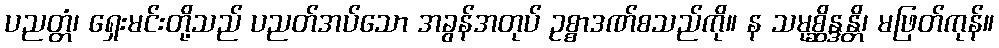
ပညတ္တံ၊ ရှေးမင်းတို့သည် ပညတ်အပ်သော အခွန်အတုပ် ဥစ္စာဒဏ်စသည်ကို။ န သမုစ္ဆိန္ဒန္တိ၊ မဖြတ်ကုန်။